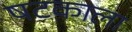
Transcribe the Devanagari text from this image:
षटकाला